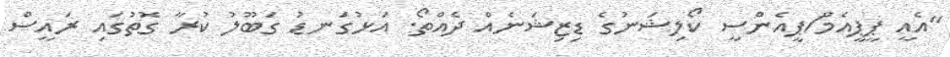
"އެއީ ޕީޕީއެމް/ޕީއެންސީ ކޯލިޝަނުގެ ޑިޒިޝަނެއް ދެއްތޯ. އަޅުގަނޑު ގަބޫލު ކުރާ ގޮތުގައި ރައީސް